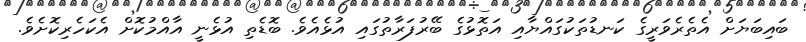
ބައިބަޔަށް އެތެރެވަރީގެ ކަނޑުތަކުގައްޔާއި އަތޮޅުގެ ބޭރުފަރާތުގައި އުޅެއެވެ. ބޮޑެތި އުޅެނީ އާއްމުކޮށް އެކަހެރިކޮށެވެ.